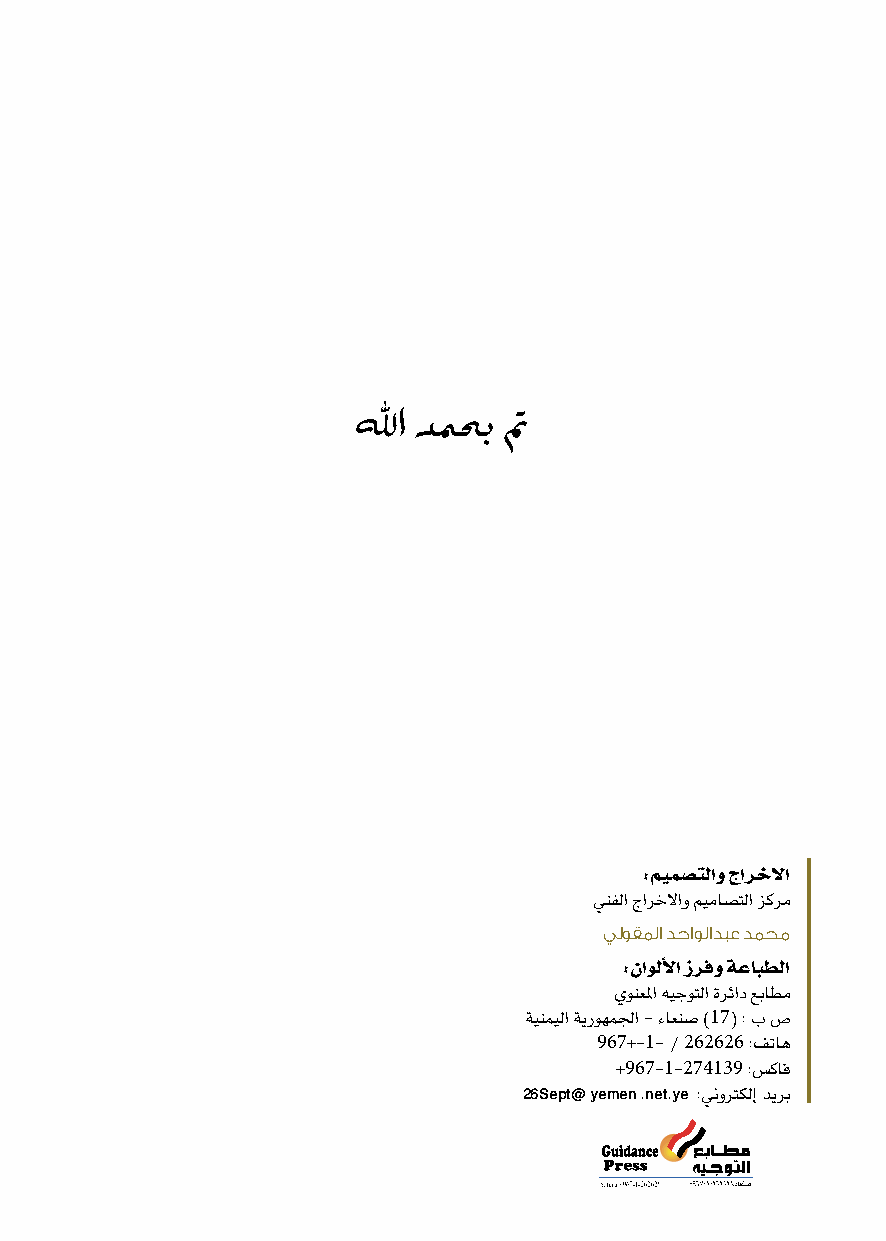
للها دمحب تم
 :ميمص�تلاو جارخلاا
 ينفلا جارخلااو ميماصتلا زكرم
 ليوقلما دحاولادبع دممح
 :ناولألاا زرفو ةعابطلا
 يونعلما هيجوتلا ةرئاد عباطم
 ةينميلا ةيروهملجا - ءاعنص )17( : ب ص
 967+-1- / 262626 :فتاه
 +967-1-274139 :سكاف
 26Sept@ yemen .net.ye :ينورتكلإ ديرب